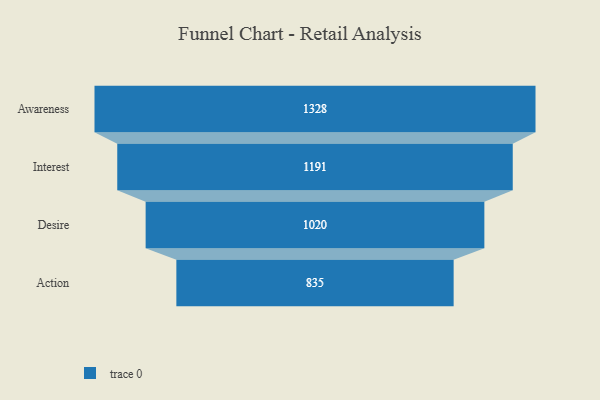
{"axis": {"x": "Stage", "y": "Value"}, "legend": [""], "data": [{"x": "Awareness", "y": 1328.0, "type": ""}, {"x": "Interest", "y": 1191.0, "type": ""}, {"x": "Desire", "y": 1020.0, "type": ""}, {"x": "Action", "y": 835.0, "type": ""}]}